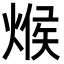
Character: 𪹍